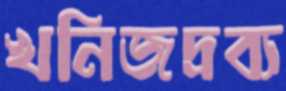
খনিজদ্রব্য